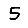
Digit: 5